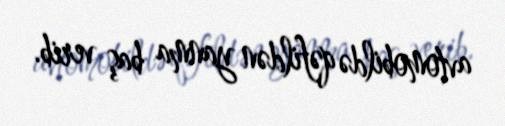
avtomobildə qəfildən yanma baş verib.